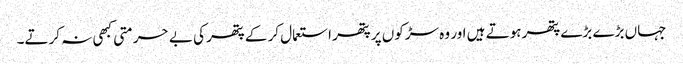
جہاں بڑے بڑے پتھر ہوتے ہیں اور وہ سڑکوں پر پتھر استعمال کر کے پتھر کی بے حرمتی کبھی نہ کرتے۔